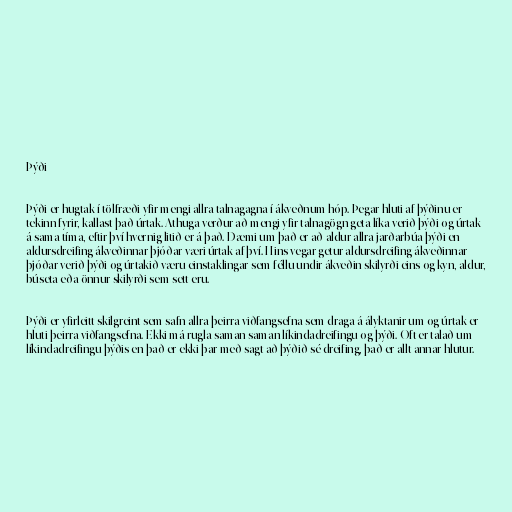
Þýði

Þýði er hugtak í tölfræði yfir mengi allra talnagagna í ákveðnum hóp. Þegar hluti af þýðinu er
tekinn fyrir, kallast það úrtak. Athuga verður að mengi yfir talnagögn geta líka verið þýði og úrtak
á sama tíma, eftir því hvernig litið er á það. Dæmi um það er að aldur allra jarðarbúa þýði en
aldursdreifing ákveðinnar þjóðar væri úrtak af því. Hins vegar getur aldursdreifing ákveðinnar
þjóðar verið þýði og úrtakið væru einstaklingar sem féllu undir ákveðin skilyrði eins og kyn, aldur,
búseta eða önnur skilyrði sem sett eru.

Þýði er yfirleitt skilgreint sem safn allra þeirra viðfangsefna sem draga á ályktanir um og úrtak er
hluti þeirra viðfangsefna. Ekki má rugla saman saman líkindadreifingu og þýði. Oft er talað um
líkindadreifingu þýðis en það er ekki þar með sagt að þýðið sé dreifing, það er allt annar hlutur.